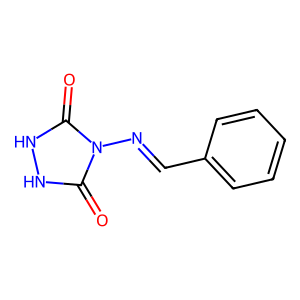
SMILES: O=c1[nH][nH]c(=O)n1N=Cc1ccccc1
Inhibits HIV replication: No